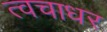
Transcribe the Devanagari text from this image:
त्वचाधर